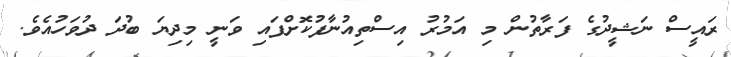
ރައީސް ނަޝީދުގެ ފަރާތުން މި އަމުރު އިސްތިއުނާފުކޮށްފައި ވަނީ މިދިޔަ ބުދަ ދުވަހުއެވެ.